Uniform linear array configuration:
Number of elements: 32
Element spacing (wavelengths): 1
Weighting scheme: cosine
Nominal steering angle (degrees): -45
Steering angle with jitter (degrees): -46.993
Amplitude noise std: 0.05
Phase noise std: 0.05

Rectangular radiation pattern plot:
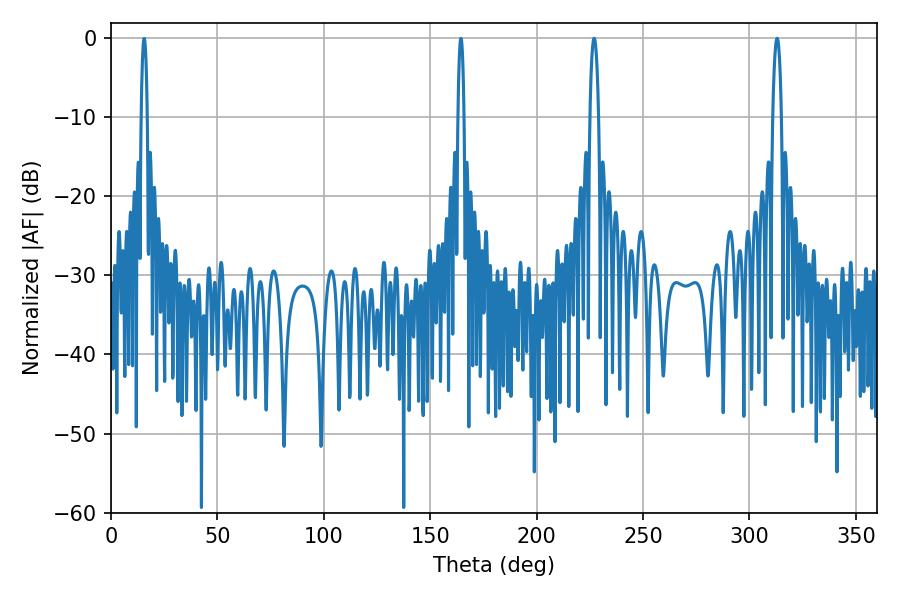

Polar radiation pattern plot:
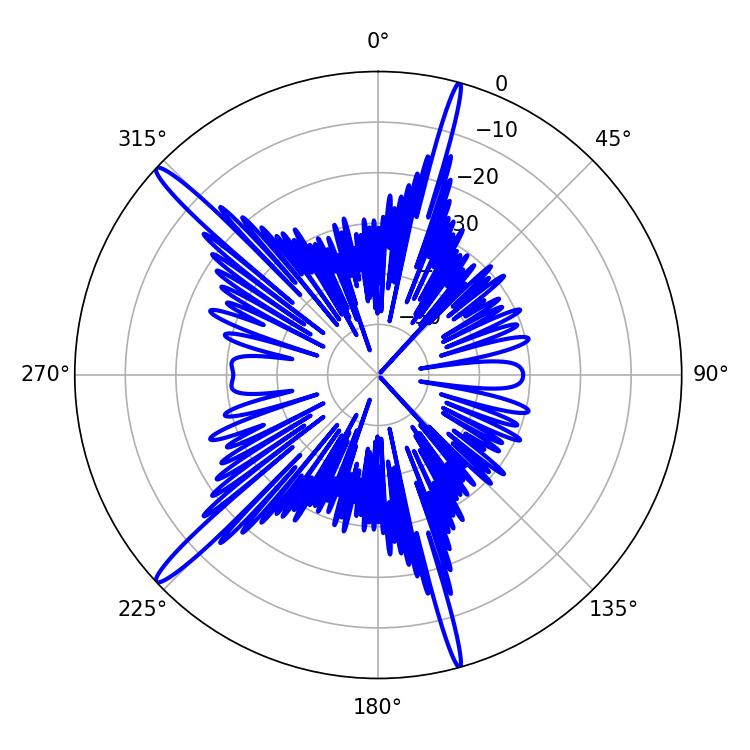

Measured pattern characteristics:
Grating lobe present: TRUE
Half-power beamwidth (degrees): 2.16
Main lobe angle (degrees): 226.98